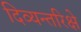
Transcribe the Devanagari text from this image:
दिव्यन्तरिक्षे